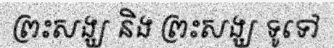
ព្រះសង្ឃ និង ព្រះសង្ឃ ទូទៅ